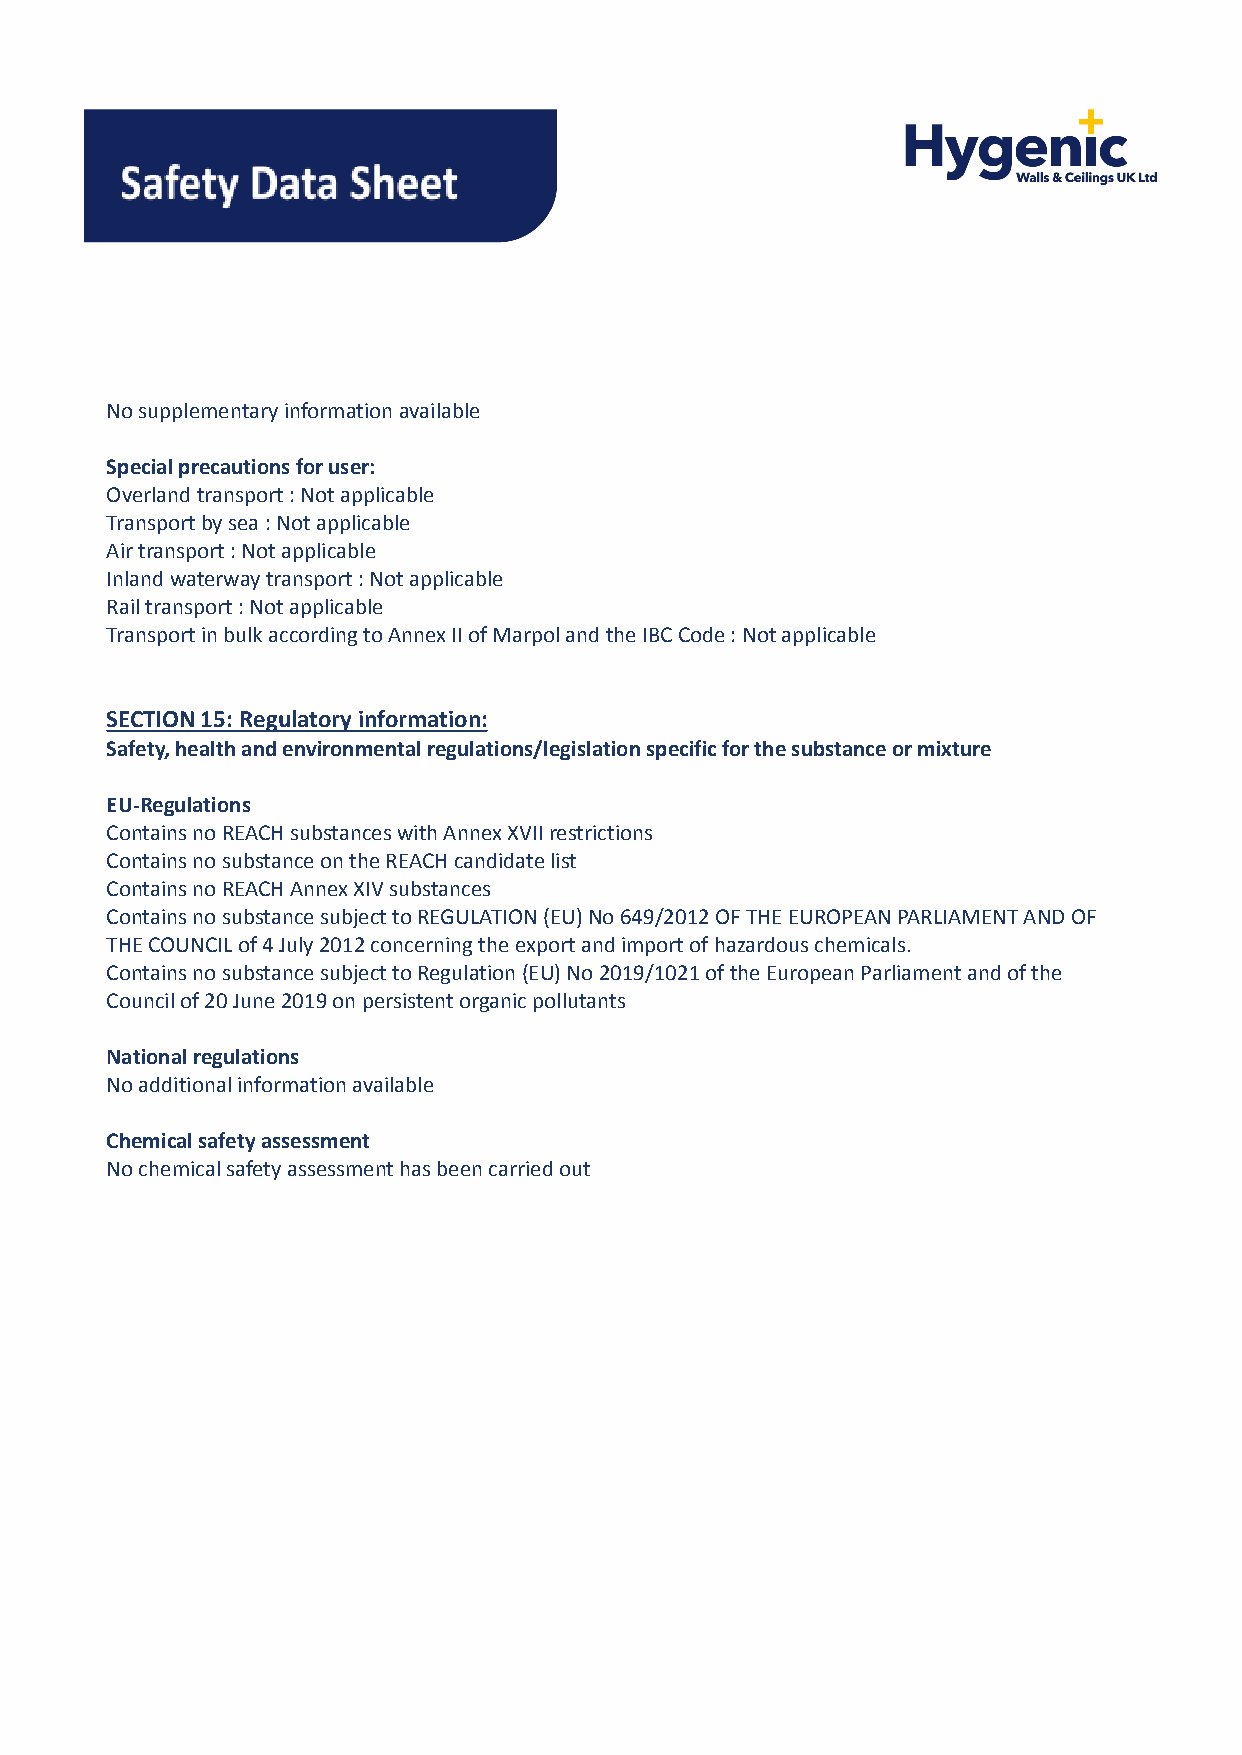
No supplementary information available
 Special precautions for user:
 Overland transport : Not applicable
 Transport by sea : Not applicable
 Air transport : Not applicable
 Inland waterway transport : Not applicable
 Rail transport : Not applicable
 Transport in bulk according to Annex II of Marpoland the IBC Code : Not applicable
 SECTION 15: Regulatory information:
 Safety, health and environmental regulations/legislationspecific for the substance or mixture
 EU-Regulations
 Contains no REACH substances with Annex XVII restrictions
 Contains no substance on the REACH candidate list
 Contains no REACH Annex XIV substances
 Contains no substance subject to REGULATION (EU) No649/2012 OF THE EUROPEAN PARLIAMENT AND OF
 THE COUNCIL of 4 July 2012 concerning the export andimport of hazardous chemicals.
 Contains no substance subject to Regulation (EU) No2019/1021 of the European Parliament and of the
 Council of 20 June 2019 on persistent organic pollutants
 National regulations
 No additional information available
 Chemical safety assessment
 No chemical safety assessment has been carried out